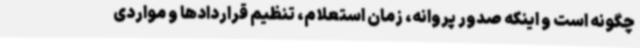
چگونه است و اینکه صدور پروانه، زمان استعلام، تنظیم قراردادها و مواردی